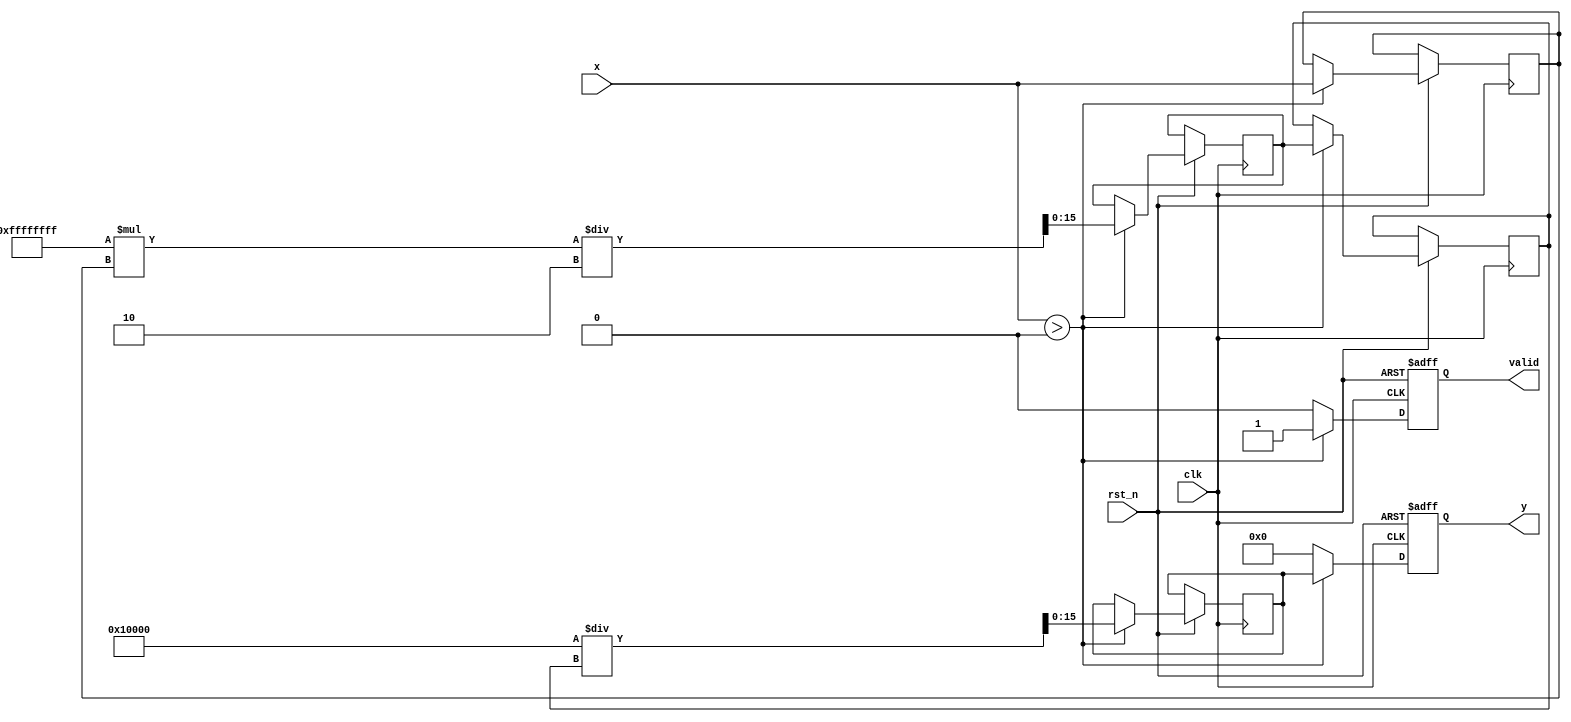
module fractional_order_reciprocal #(
    parameter INPUT_WIDTH = 16,  // Width of the input fixed-point number
    parameter OUTPUT_WIDTH = 16,  // Width of the output fixed-point number
    parameter N = 1,               // Numerator of the fractional power
    parameter M = 2                // Denominator of the fractional power
)(
    input wire clk,
    input wire rst_n,
    input wire [INPUT_WIDTH-1:0] x,  // Input value
    output reg [OUTPUT_WIDTH-1:0] y,  // Output value
    output reg valid                   // Output valid signal
);

    // Internal signals
    reg [INPUT_WIDTH-1:0] log_x;
    reg [INPUT_WIDTH-1:0] exp_value;
    reg [OUTPUT_WIDTH-1:0] x_power;
    reg [OUTPUT_WIDTH-1:0] reciprocal;

    // Logarithm and Exponential approximation (simple linear approximation)
    function [INPUT_WIDTH-1:0] log_approx(input [INPUT_WIDTH-1:0] value);
        begin
            // Simple approximation for log(x) (for demonstration purposes)
            if (value > 0) begin
                log_approx = value; // Replace with actual log approximation
            end else begin
                log_approx = 0; // Handle invalid input
            end
        end
    endfunction

    function [OUTPUT_WIDTH-1:0] exp_approx(input [INPUT_WIDTH-1:0] value);
        begin
            // Simple approximation for exp(x) (for demonstration purposes)
            exp_approx = value; // Replace with actual exp approximation
        end
    endfunction

    always @(posedge clk or negedge rst_n) begin
        if (!rst_n) begin
            y <= 0;
            valid <= 0;
        end else begin
            if (x > 0) begin
                // Compute log(x)
                log_x <= log_approx(x);
                
                // Compute exponentiation
                exp_value <= -N * log_x / M; // Calculate -n/m * log(x)
                x_power <= exp_approx(exp_value); // Calculate e^(-n/m * log(x))
                
                // Compute reciprocal
                reciprocal <= (1 << OUTPUT_WIDTH) / x_power; // 1 / x^(n/m)
                
                // Assign output
                y <= reciprocal;
                valid <= 1; // Indicate valid output
            end else begin
                // Handle invalid input
                y <= 0; // Output zero or some error code
                valid <= 0; // Indicate invalid output
            end
        end
    end

endmodule